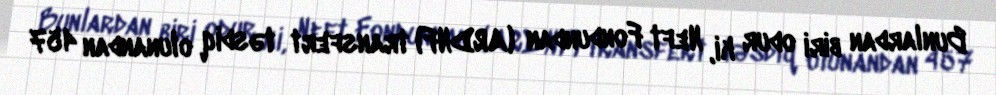
Bunlardan biri odur ki, Neft Fondundan (ARDNF) transfert təsdiq olunandan 457